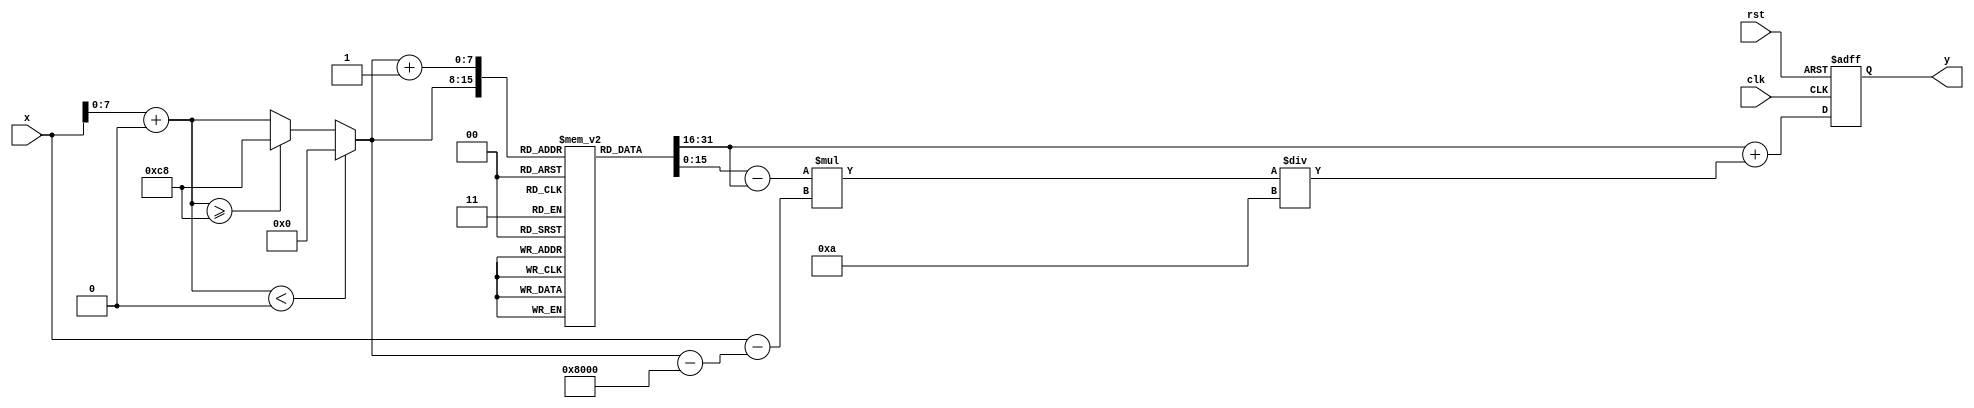
module asin_block #(
    parameter WIDTH = 16,        // Bit-width of input and output
    parameter LUT_SIZE = 201     // Size of LUT for values from -1 to 1 (step = 0.01)
)(
    input wire [WIDTH-1:0] x,    // Input value in fixed-point representation
    output reg [WIDTH-1:0] y,     // Output value in fixed-point representation
    input wire clk,
    input wire rst
);

    // Lookup Table for asin values (in fixed-point format)
    reg [WIDTH-1:0] lut [0:LUT_SIZE-1];

    // Initialize LUT with pre-calculated asin values (in radians)
    initial begin
        // Fill the LUT with asin values from -1 to 1 at intervals of 0.01
        // Example: lut[0] = asin(-1), lut[1] = asin(-0.99), ..., lut[200] = asin(1)
        // This should be replaced with actual values.
        lut[0] = 16'h8000;  // asin(-1) = -pi/2 in fixed-point
        lut[1] = 16'h7FFD;  // asin(-0.99)
        // ...
        lut[200] = 16'h0000; // asin(0) = 0
        lut[201] = 16'h3FFF; // asin(1) = pi/2 in fixed-point
    end

    // Linear interpolation variables
    reg [WIDTH-1:0] y0, y1;
    reg [WIDTH-1:0] x0, x1;
    reg [WIDTH-1:0] x_frac;
    reg [7:0] index;

    always @(posedge clk or posedge rst) begin
        if (rst) begin
            y <= 0;
        end else begin
            // Scale input from fixed-point representation to LUT index
            // Assuming x is in the range of [-1, 1], scale it to [0, LUT_SIZE-1]
            index = x + 16'h8000; // Shift to range [0, 32768], assuming WIDTH=16
            if (index < 0) begin
                index = 0;
            end else if (index >= LUT_SIZE - 1) begin
                index = LUT_SIZE - 1;
            end

            // Get the surrounding LUT values for interpolation
            x0 = index;
            x1 = index + 1;
            y0 = lut[x0];
            y1 = lut[x1];

            // Calculate fractional part for interpolation
            x_frac = x - (x0 - 16'h8000); // Adjust x to be in the range of the LUT
            y <= y0 + ((y1 - y0) * x_frac) / 16'h000A; // Dividing by 10^2 for scaling
        end
    end

endmodule